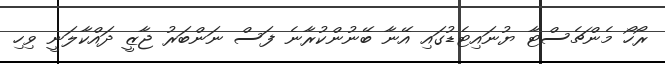
ރޯހޯ މެންޗެސްޓާ ޔުނައިޓެޑުގައި އޭނާ ބޭނުންކުރާނެ ފަސް ނަންބަރު ޖާޒީ ދައްކާލަނީ ވިހި